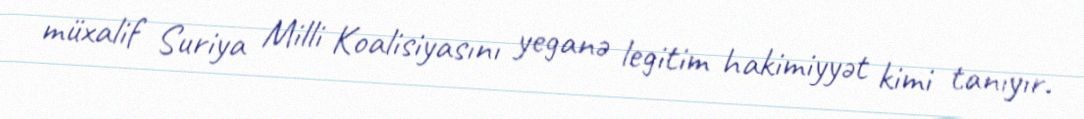
müxalif Suriya Milli Koalisiyasını yeganə legitim hakimiyyət kimi tanıyır.